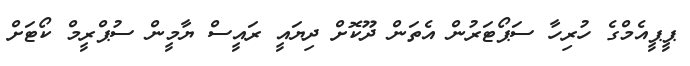
ޕީޕީއެމްގެ ހުރިހާ ސަޕޯޓަރުން އެތަން ދޫކޮށް ދިޔައީ ރައީސް ޔާމީން ސުޕްރީމް ކޯޓަށް